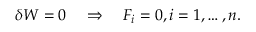
\delta W = 0 \quad \Rightarrow \quad F _ { i } = 0 , i = 1 , \ldots , n .